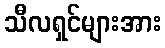
သီလရှင်များအား